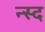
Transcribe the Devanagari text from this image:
न्स्द